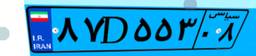
۸۷D۵۵۳۰۸